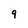
Character: 9